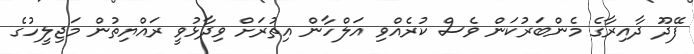
ފޭދޫ ދާއިރާގެ މެންބަރުކަން ވެސް ކުރެއްވި އަލްހާން އިތުރަށް ވިދާޅުވީ ރައްޔިތުން މަޖިލީހުގެ